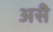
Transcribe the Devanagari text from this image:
असॆे